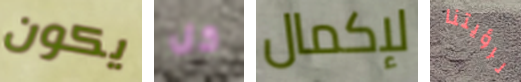
يكون كل لإكمال لرؤيتنا